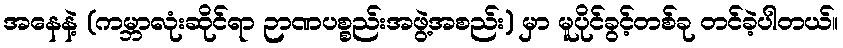
အနေနဲ့ (ကမ္ဘာလုံးဆိုင်ရာ ဉာဏပစ္စည်းအဖွဲ့အစည်း) မှာ မူပိုင်ခွင့်တစ်ခု တင်ခဲ့ပါတယ်။